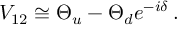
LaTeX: V _ { 1 2 } \cong \Theta _ { u } - \Theta _ { d } e ^ { - i \delta } \, .